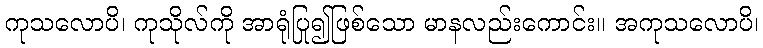
ကုသလောပိ၊ ကုသိုလ်ကို အာရုံပြု၍ဖြစ်သော မာနလည်းကောင်း။ အကုသလောပိ၊